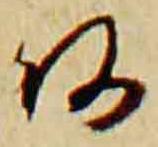
阿